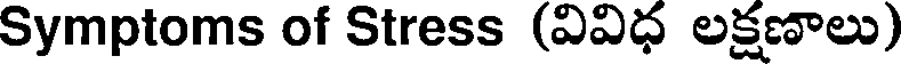
Symptoms of Stress (వివిధ లక్షణాలు)